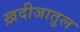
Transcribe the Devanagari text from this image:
ख़दीजातुल